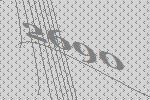
2690